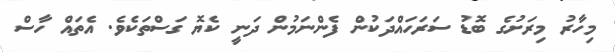
މިހާރު މިރަށުގެ ބޮޑު ސަރަހައްދަކުން ފެންނަމުން ދަނީ ކެޔޮ ގަސްތަކެވެ. އެތައް ހާސް